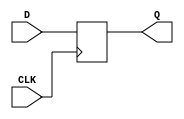
/* Descripcion HDL de un flip-flop tipo D*/
module ffD(D, CLK, Q);
  input D, CLK;
  output reg Q;
  always @ (posedge CLK)
  begin
    Q <= D;
  end
endmodule